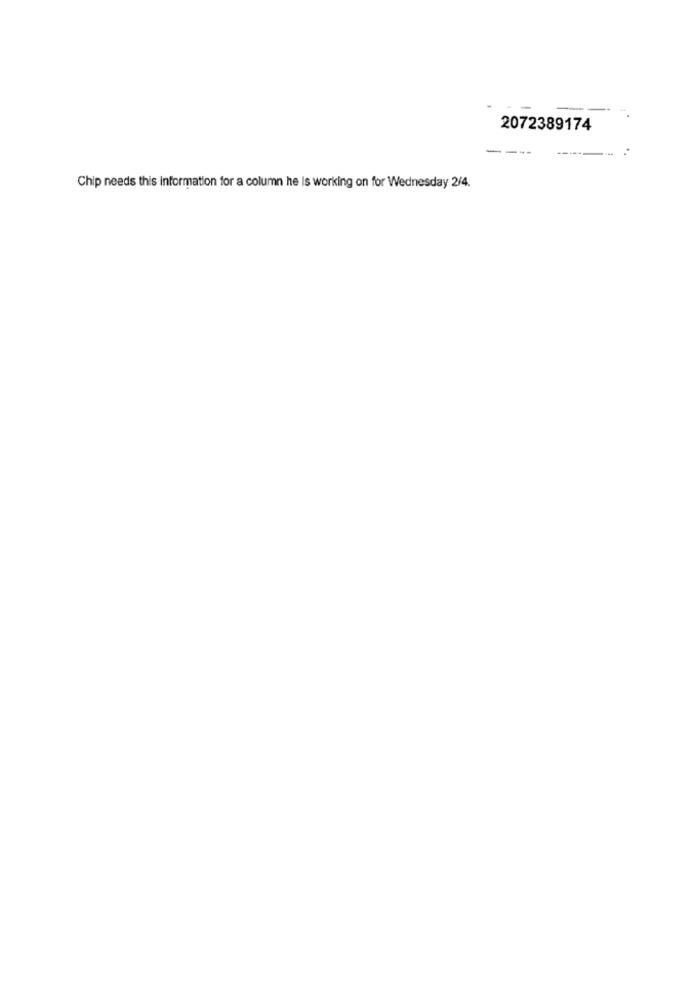
2072389174
----
Chip needs this information for a column he Is working on for Wednesday 2/4.